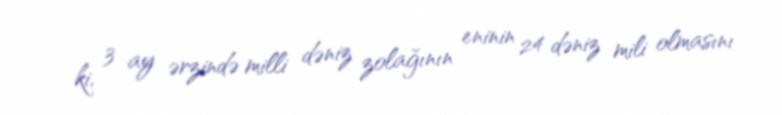
ki, 3 ay ərzində milli dəniz zolağının eninin 24 dəniz mili olmasını